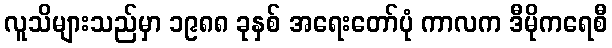
လူသိများသည်မှာ ၁၉၈၈ ခုနှစ် အရေးတော်ပုံ ကာလက ဒီမိုကရေစီ